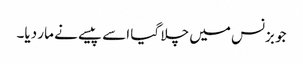
جو بزنس میں چلا گیا اسے پیسے نے مار دیا۔